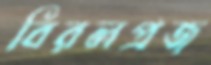
বিরলপ্রজ